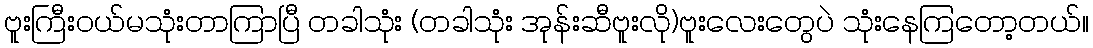
ဗူးကြီးဝယ်မသုံးတာကြာပြီ တခါသုံး (တခါသုံး အုန်းဆီဗူးလို)ဗူးလေးတွေပဲ သုံးနေကြတော့တယ်။